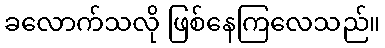
ခလောက်သလို ဖြစ်နေကြလေသည်။